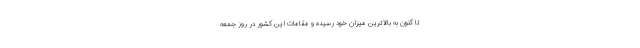
تا کنون به بالاترین میزان خود رسیده و مقامات این کشور در روز جمعه